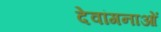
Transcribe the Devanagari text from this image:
देवांगनाओं